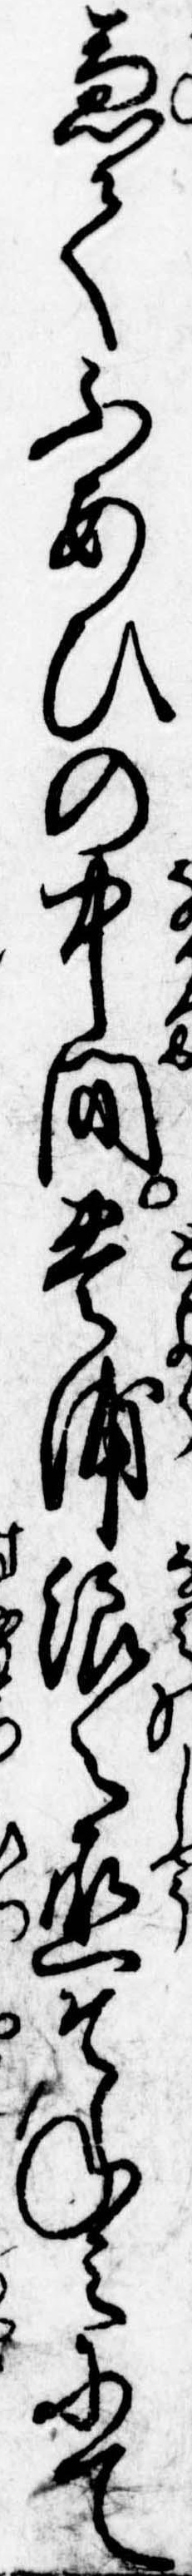
兼てふあひの中間豊浦浪之丞そねみにて